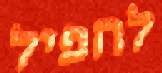
להפיל